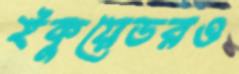
ইকুয়েডরও